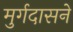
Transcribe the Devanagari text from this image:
मुर्गदासने